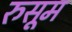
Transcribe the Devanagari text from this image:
रुसूम